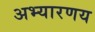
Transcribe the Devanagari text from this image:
अभ्यारणय